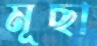
মূছা